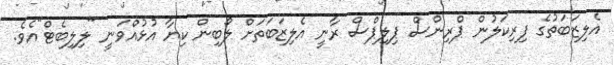
އެލިޒަބަތުގެ ފިރިކަލުން ޕްރިންސް ޕިލިޕްސް ރާނީ އެލިޒަބަތަށް ލޯބިން ކިޔާ އުޅުއްވަނީ "ލިލިބެޓް"އެވެ.